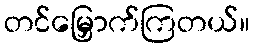
တင်မြှောက်ကြတယ်။